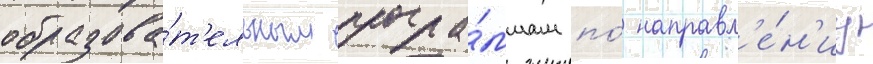
образова́т'ельным програ́ммам по́ направл'е́н'иу